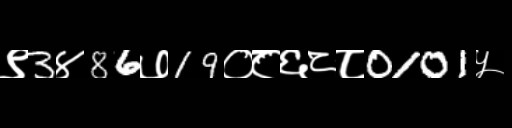
Text: ९3४86७19०८६८८0101५